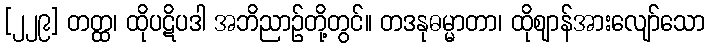
[၂၂၉] တတ္ထ၊ ထိုပဋိပဒါ အဘိညာဉ်တို့တွင်။ တဒနုဓမ္မာတာ၊ ထိုဈာန်အားလျော်သော